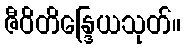
ဇီဝိတိန္ဒြေယသုတ်။